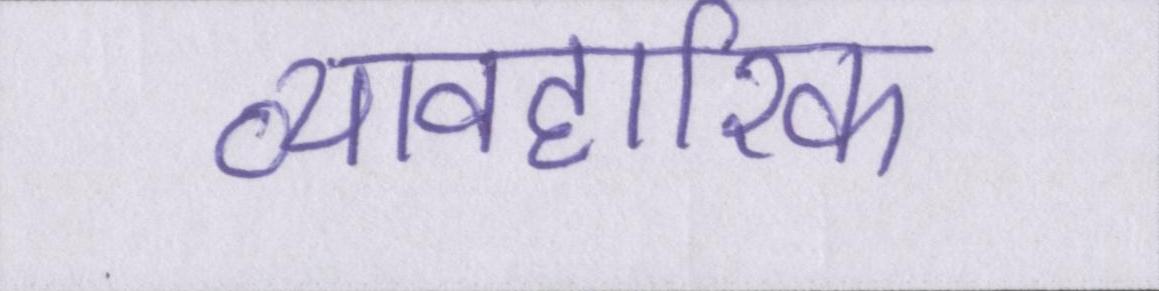
व्यावहारिक